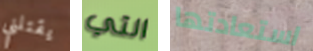
يقتلني التي استعادتها